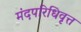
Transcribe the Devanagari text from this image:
मंदपरिधिवृत्त